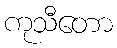
ကုသီတော